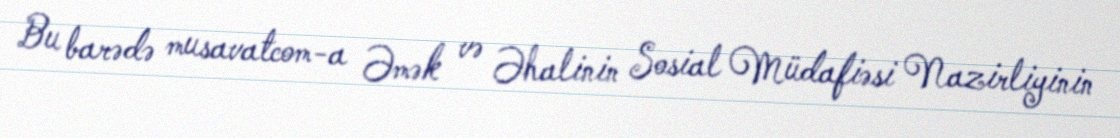
Bu barədə musavatcom-a Əmək və Əhalinin Sosial Müdafiəsi Nazirliyinin